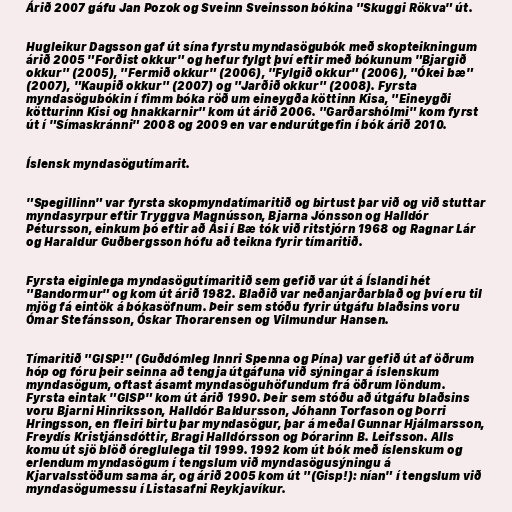
Árið 2007 gáfu Jan Pozok og Sveinn Sveinsson bókina "Skuggi Rökva" út.

Hugleikur Dagsson gaf út sína fyrstu myndasögubók með skopteikningum
árið 2005 "Forðist okkur" og hefur fylgt því eftir með bókunum "Bjargið
okkur" (2005), "Fermið okkur" (2006), "Fylgið okkur" (2006), "Ókei bæ"
(2007), "Kaupið okkur" (2007) og "Jarðið okkur" (2008). Fyrsta
myndasögubókin í fimm bóka röð um eineygða köttinn Kisa, "Eineygði
kötturinn Kisi og hnakkarnir" kom út árið 2006. "Garðarshólmi" kom fyrst
út í "Símaskránni" 2008 og 2009 en var endurútgefin í bók árið 2010.

Íslensk myndasögutímarit.

"Spegillinn" var fyrsta skopmyndatímaritið og birtust þar við og við stuttar
myndasyrpur eftir Tryggva Magnússon, Bjarna Jónsson og Halldór
Pétursson, einkum þó eftir að Ási í Bæ tók við ritstjórn 1968 og Ragnar Lár
og Haraldur Guðbergsson hófu að teikna fyrir tímaritið.

Fyrsta eiginlega myndasögutímaritið sem gefið var út á Íslandi hét
"Bandormur" og kom út árið 1982. Blaðið var neðanjarðarblað og því eru til
mjög fá eintök á bókasöfnum. Þeir sem stóðu fyrir útgáfu blaðsins voru
Ómar Stefánsson, Óskar Thorarensen og Vilmundur Hansen.

Tímaritið "GISP!" (Guðdómleg Innri Spenna og Pína) var gefið út af öðrum
hóp og fóru þeir seinna að tengja útgáfuna við sýningar á íslenskum
myndasögum, oftast ásamt myndasöguhöfundum frá öðrum löndum.
Fyrsta eintak "GISP" kom út árið 1990. Þeir sem stóðu að útgáfu blaðsins
voru Bjarni Hinriksson, Halldór Baldursson, Jóhann Torfason og Þorri
Hringsson, en fleiri birtu þar myndasögur, þar á meðal Gunnar Hjálmarsson,
Freydís Kristjánsdóttir, Bragi Halldórsson og Þórarinn B. Leifsson. Alls
komu út sjö blöð óreglulega til 1999. 1992 kom út bók með íslenskum og
erlendum myndasögum í tengslum við myndasögusýningu á
Kjarvalsstöðum sama ár, og árið 2005 kom út "(Gisp!): nían" í tengslum við
myndasögumessu í Listasafni Reykjavíkur.